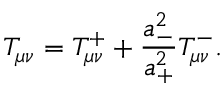
T _ { \mu \nu } = T _ { \mu \nu } ^ { + } + \frac { a _ { - } ^ { 2 } } { a _ { + } ^ { 2 } } T _ { \mu \nu } ^ { - } .